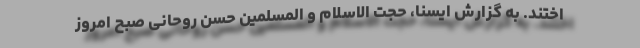
اختند. به گزارش ایسنا، حجت الاسلام و المسلمین حسن روحانی صبح امروز